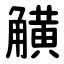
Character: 觵